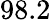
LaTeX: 98.2